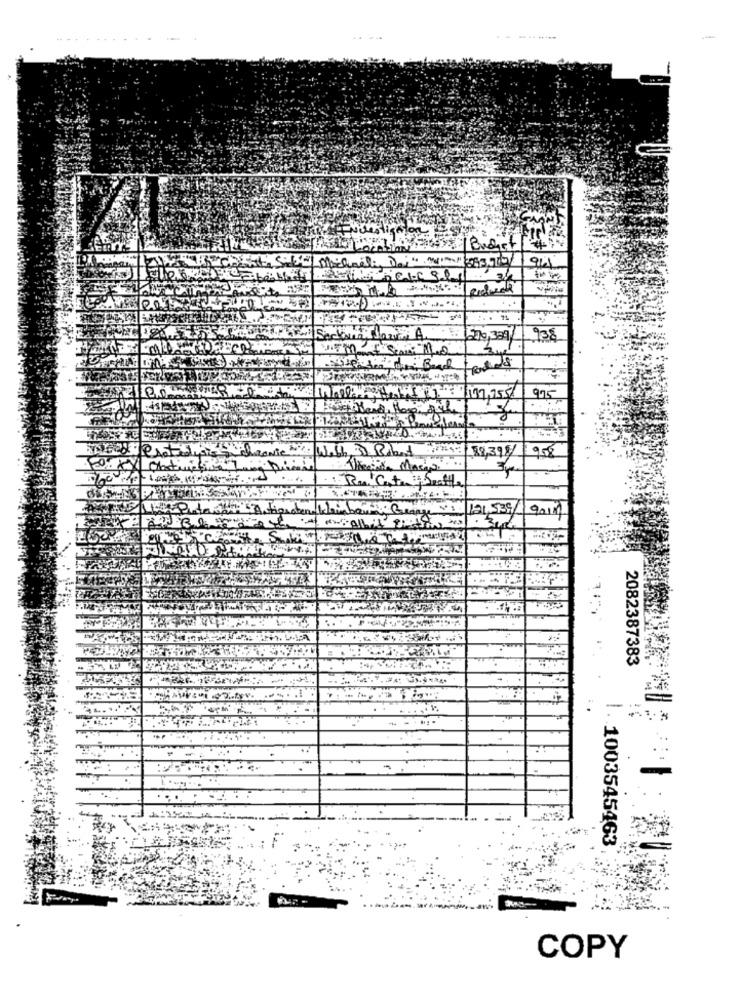
Sec
20,331/
938
Boad
197,755
975
: 88,398/
958
Ruch
121,539
2082387383
1003545463
COPY